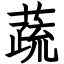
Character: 蔬